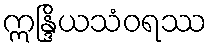
ဣန္ဒြိယသံဝရဿ